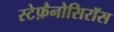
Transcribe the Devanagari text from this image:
स्टेफ़ैनोसिरॉस